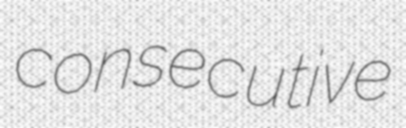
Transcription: consecutive